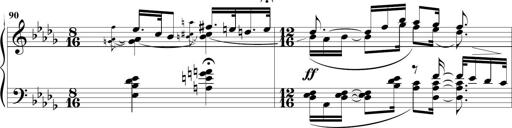
Title: Sonatine MÃ©lancolique
Composer: Julian Raoul Besset